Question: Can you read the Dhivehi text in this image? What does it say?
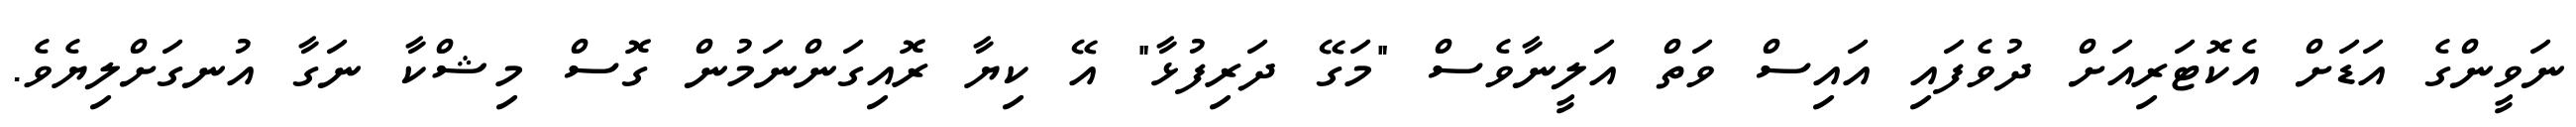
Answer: ނަވީންގެ އަޑަށް އެކޮޓަރިއަށް ދުވެފައި އައިސް ވަތް އަލީނާވެސް "މަގޭ ދަރިފުޅާ" އޭ ކިޔާ ރޮއިގަންނަމުން ގޮސް މިޝްކާ ނަގާ އުނގަށްލިޔެވެ.